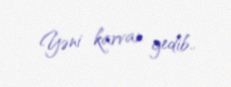
Yəni karvan gedib..